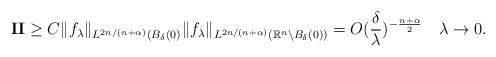
LaTeX: \begin{align*} &\textbf{II}\geq C \|f_\lambda\|_{L^{2n/(n+\alpha)}(B_\delta(0)}\|f_\lambda\|_{L^{2n/(n+\alpha)}(\mathbb{R}^n\backslash B_\delta(0))}=O(\frac\delta\lambda)^{-\frac{n+\alpha}2}\quad\lambda\rightarrow 0.\end{align*}